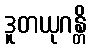
ဒူတယုဂန္တိ